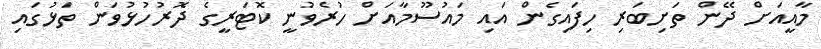
މާއީއަށް ދޭން ތަށިބަރި ހިފައިގެން އައި މައުސޫމާއަށް ހުރެވުނީ ކޮޓަރީގެ ދޮރުހުޅުވަން ތަޅުގައި